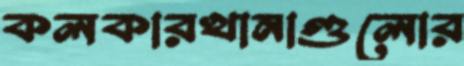
কলকারখানাগুলোর